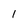
Character: 1